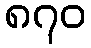
၈၇၀